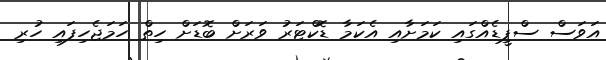
އަވަސް ސްޕީޑެއްގައި ކަމަށާއި އެކަމާ ޑޮކްޓަރު ވަރަށް ބޮޑަށް ހިތް ހަމަޖެހިފައި ހުރި